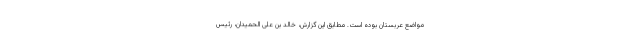
مواضع عربستان بوده است. مطابق این گزارش، خالد بن علی الحمیدان، رئیس